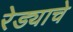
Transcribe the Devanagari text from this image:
रेड्याचे